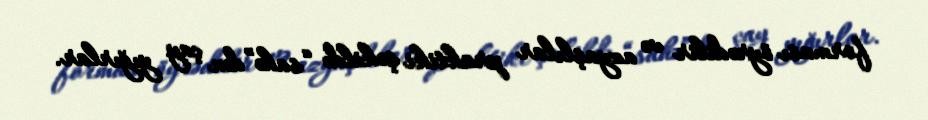
forması öyrədilir və azyaşlılar praktiki şəkildə “sahə”dən çay yığırlar.